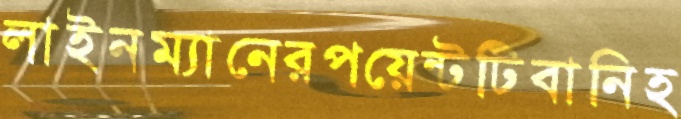
লাইনম্যানেরপয়েন্টটিবানিহ